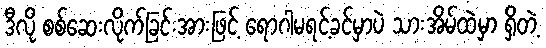
ဒီလို စစ်ဆေးလိုက်ခြင်းအားဖြင့် ရောဂါမရင့်ခင်မှာပဲ သားအိမ်ထဲမှာ ရှိတဲ့